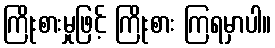
ကြိုးစားမှုဖြင့် ကြိုးစား ကြရမှာပါ။